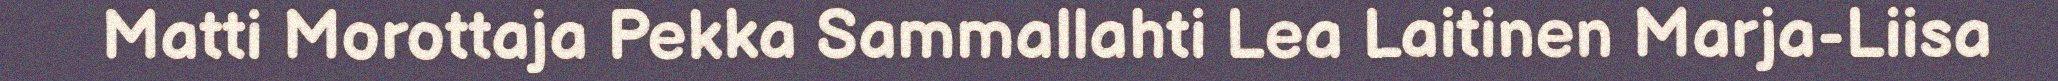
Matti Morottaja Pekka Sammallahti Lea Laitinen Marja-Liisa